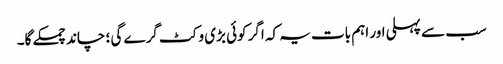
سب سے پہلی اور اہم بات یہ کہ اگر کوئی بڑی وکٹ گرے گی ؛ چاند چمکے گا۔